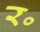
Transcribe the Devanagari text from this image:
र॰